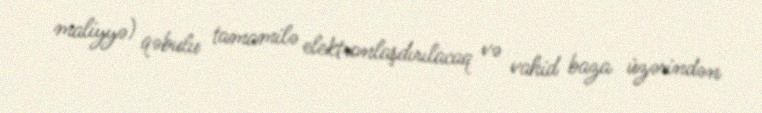
maliyyə) qəbulu tamamilə elektronlaşdırılacaq və vahid baza üzərindən